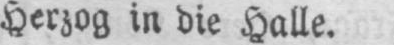
Herzog in die Halle.